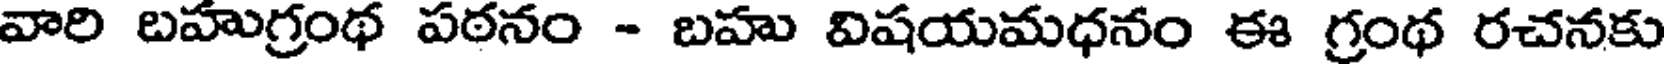
వారి బహుగ్రంథ పఠనం - బహు విషయమధనం ఈ గ్రంథ రచనకు